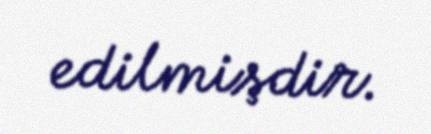
edilmişdir.